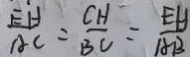
\frac { E H } { A C } = \frac { C H } { B C } = \frac { E H } { A B }